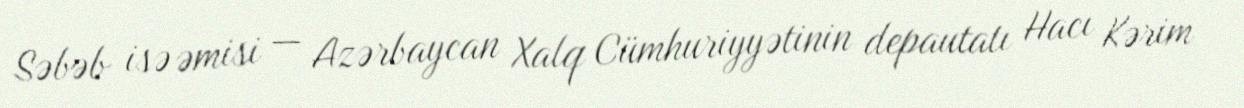
Səbəb isə əmisi — Azərbaycan Xalq Cümhuriyyətinin depautatı Hacı Kərim